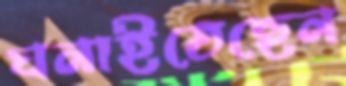
ঘনাইতেছেন